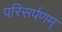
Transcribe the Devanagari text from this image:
परिसर्पणम्